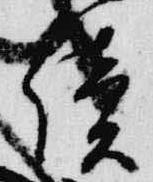
続